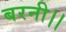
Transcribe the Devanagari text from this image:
बरनी।।